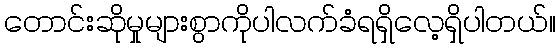
တောင်းဆိုမှုများစွာကိုပါလက်ခံရရှိလေ့ရှိပါတယ်။